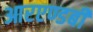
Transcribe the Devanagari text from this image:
आरएण्डबी